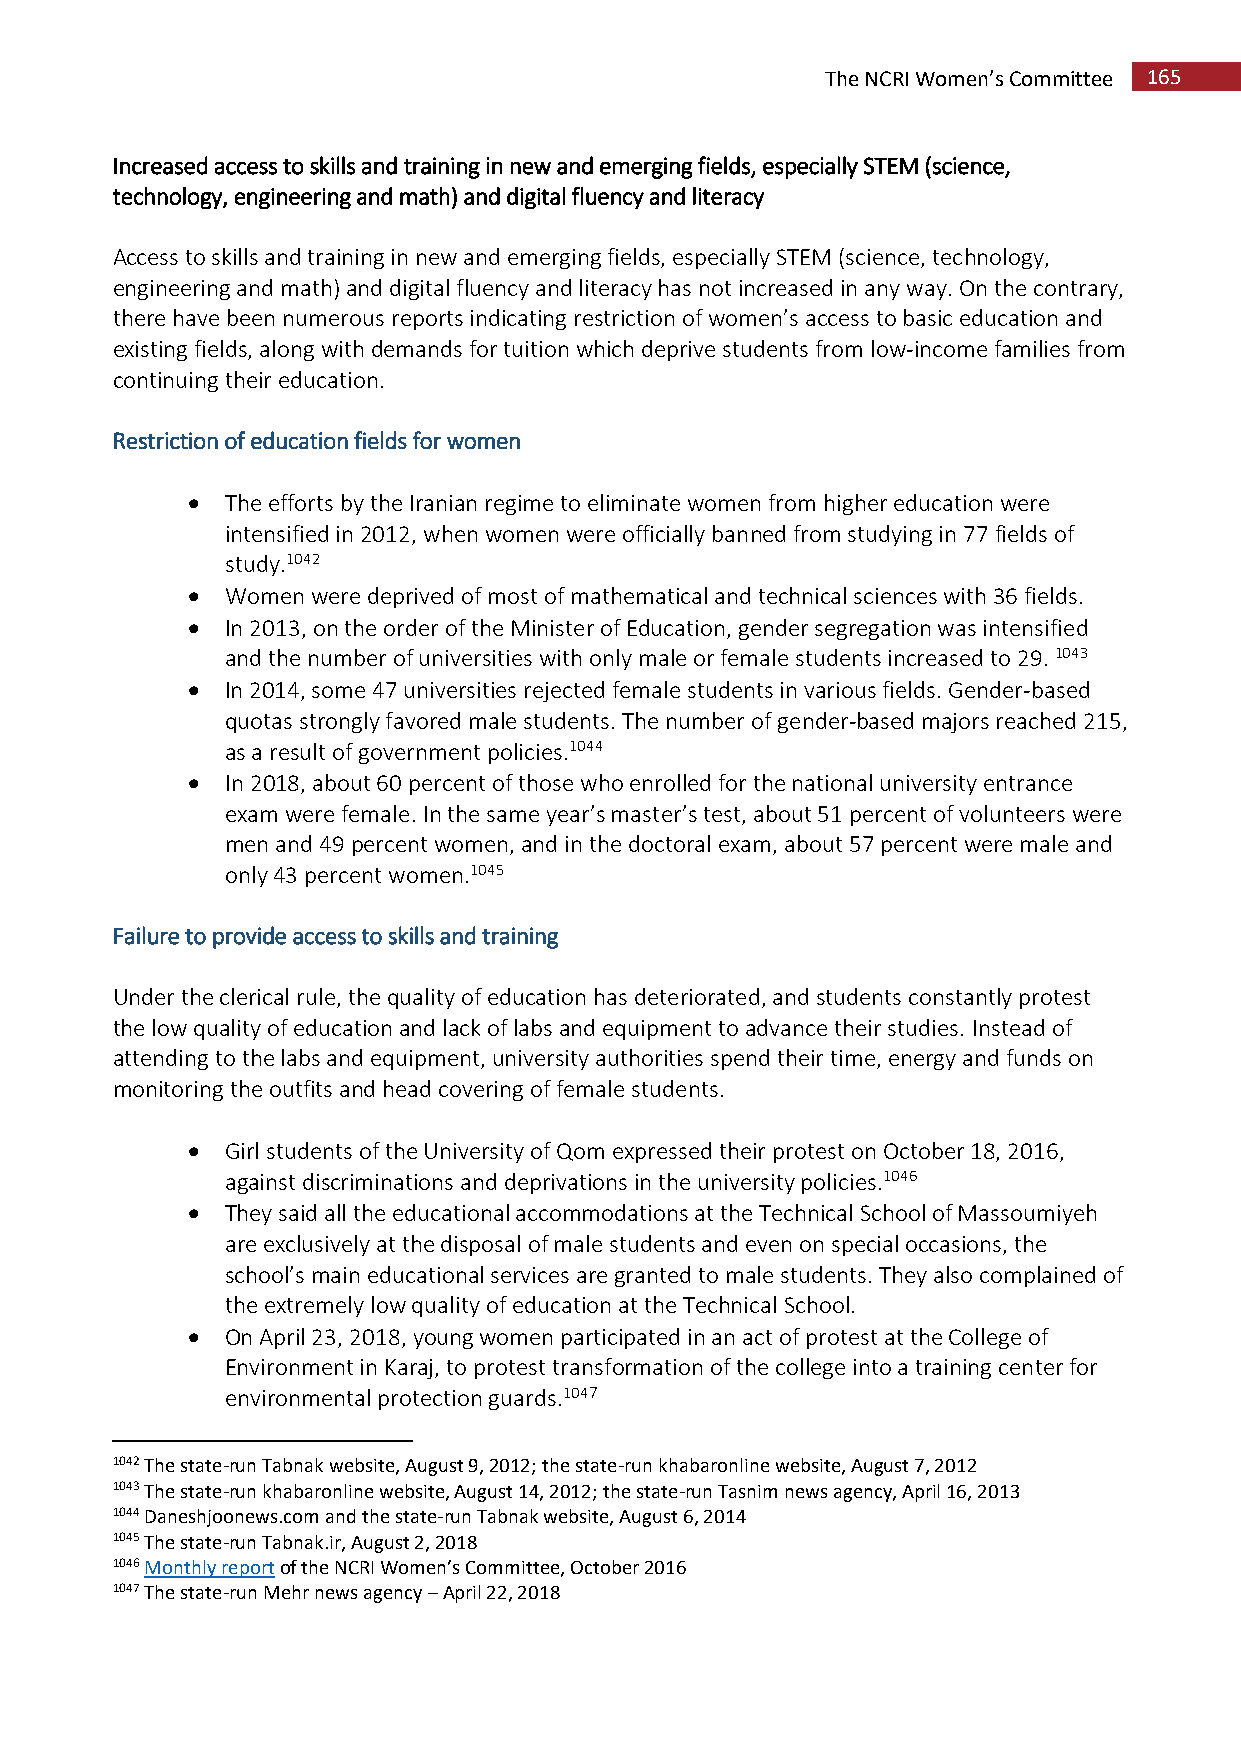
The NCRI Women’s Committee 165
 Increased access to skills and training in new and emerging fields, especially STEM (science,
 technology, engineering and math) and digital fluency and literacy
 Access to skills and training in new and emerging fields, especially STEM (science, technology,
 engineering and math) and digital fluency and literacy has not increased in any way. On the contrary,
 there have been numerous reports indicating restriction of women’s access to basic education and
 existing fields, along with demands for tuition which deprive students from low-income families from
 continuing their education.
 Restriction of education fields for women
   The efforts by the Iranian regime to eliminate women from higher education were
 intensified in 2012, when women were officially banned from studying in 77 fields of
 study.1042
   Women were deprived of most of mathematical and technical sciences with 36 fields.
   In 2013, on the order of the Minister of Education, gender segregation was intensified
 and the number of universities with only male or female students increased to 29. 1043
   In 2014, some 47 universities rejected female students in various fields. Gender-based
 quotas strongly favored male students. The number of gender-based majors reached 215,
 as a result of government policies.1044
   In 2018, about 60 percent of those who enrolled for the national university entrance
 exam were female. In the same year’s master’s test, about 51 percent of volunteers were
 men and 49 percent women, and in the doctoral exam, about 57 percent were male and
 only 43 percent women.1045
 Failure to provide access to skills and training
 Under the clerical rule, the quality of education has deteriorated, and students constantly protest
 the low quality of education and lack of labs and equipment to advance their studies. Instead of
 attending to the labs and equipment, university authorities spend their time, energy and funds on
 monitoring the outfits and head covering of female students.
   Girl students of the University of Qom expressed their protest on October 18, 2016,
 against discriminations and deprivations in the university policies.1046
   They said all the educational accommodations at the Technical School of Massoumiyeh
 are exclusively at the disposal of male students and even on special occasions, the
 school’s main educational services are granted to male students. They also complained of
 the extremely low quality of education at the Technical School.
   On April 23, 2018, young women participated in an act of protest at the College of
 Environment in Karaj, to protest transformation of the college into a training center for
 environmental protection guards.1047
 1042 The state-run Tabnak website, August 9, 2012; the state-run khabaronline website, August 7, 2012
 1043 The state-run khabaronline website, August 14, 2012; the state-run Tasnim news agency, April 16, 2013
 1044 Daneshjoonews.com and the state-run Tabnak website, August 6, 2014
 1045 The state-run Tabnak.ir, August 2, 2018
 1046 Monthly report of the NCRI Women’s Committee, October 2016
 1047 The state-run Mehr news agency – April 22, 2018